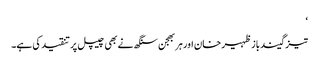
‘
تیز گیند باز ظہیر خان اور ہربھجن سنگھ نے بھی چیپل پر تنقید کی ہے۔